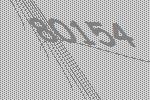
80154